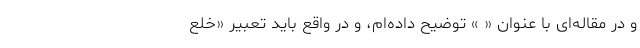
و در مقاله‌ای با عنوان « » توضیح داده‌ام، و در واقع باید تعبیر «خلع